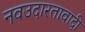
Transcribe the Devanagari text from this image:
नवउदारतावादी